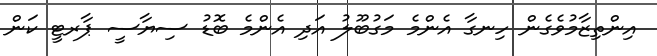
އިންތިޒާމުވެގެން ހިނގާ އެންމެ މަގުބޫލު އަދި އެންމެ ބޮޑު ސިޔާސީ ޕާރޓީ ކަން